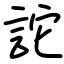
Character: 詑